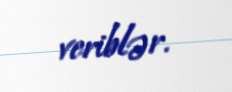
veriblər.